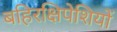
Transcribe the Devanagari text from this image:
बहिरक्षिपेशियों